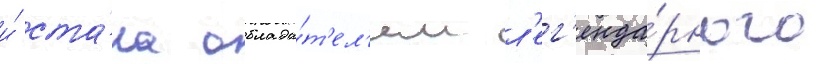
и́ ста́ла облада́т'ел'ем л'ег'енда́рного